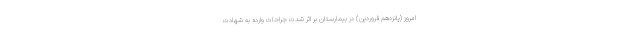
امروز (پانزدهم فروردین) در بیمارستان بر اثر شدت جراحات وارده به شهادت